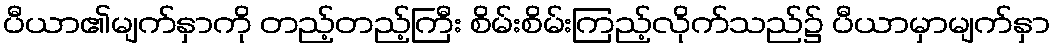
ပီယာ၏မျက်နှာကို တည့်တည့်ကြီး စိမ်းစိမ်းကြည့်လိုက်သည်၌ ပီယာမှာမျက်နှာ